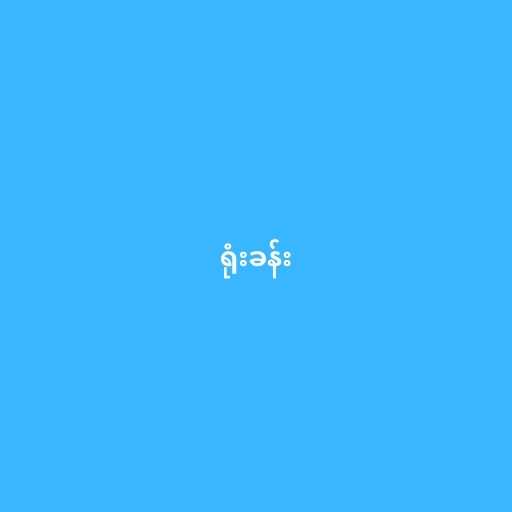
ရုံးခန်း